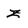
Character: z